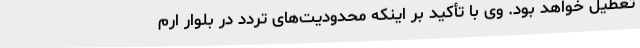
تعطیل خواهد بود. وی با تأکید بر اینکه محدودیت‌های تردد در بلوار ارم